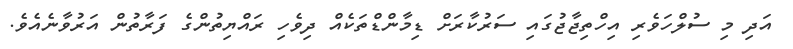
އަދި މި ސުލްހަވެރި އިހްތިޖާޖުގައި ސަރުކާރަށް ޑިމާންޑްތަކެއް ދިވެހި ރައްޔިތުންގެ ފަރާތުން އަރުވާނެއެވެ.